Problem: 7 + 21 = ?
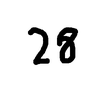
Handwritten answer: 28